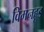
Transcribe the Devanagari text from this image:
विमनहूड